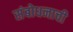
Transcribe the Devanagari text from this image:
संबोधनाची